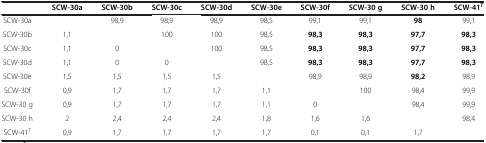
<table><thead><tr><td><b> </b></td><td><b>SCW-30a</b></td><td><b>SCW-30b</b></td><td><b>SCW-30c</b></td><td><b>SCW-30d</b></td><td><b>SCW-30e</b></td><td><b>SCW-30f</b></td><td><b>SCW-30 g</b></td><td><b>SCW-30 h</b></td><td><b>SCW-41<sup>T</sup></b></td></tr></thead><tbody><tr><td>SCW-30a</td><td> </td><td>98,9</td><td>98,9</td><td>98,9</td><td>98,5</td><td>99,1</td><td>99,1</td><td><b>98</b></td><td>99,1</td></tr><tr><td>SCW-30b</td><td>1,1</td><td> </td><td>100</td><td>100</td><td>98,5</td><td><b>98,3</b></td><td><b>98,3</b></td><td><b>97,7</b></td><td><b>98,3</b></td></tr><tr><td>SCW-30c</td><td>1,1</td><td>0</td><td> </td><td>100</td><td>98,5</td><td><b>98,3</b></td><td><b>98,3</b></td><td><b>97,7</b></td><td><b>98,3</b></td></tr><tr><td>SCW-30d</td><td>1,1</td><td>0</td><td>0</td><td> </td><td>98,5</td><td><b>98,3</b></td><td><b>98,3</b></td><td><b>97,7</b></td><td><b>98,3</b></td></tr><tr><td>SCW-30e</td><td>1,5</td><td>1,5</td><td>1,5</td><td>1,5</td><td> </td><td>98,9</td><td>98,9</td><td><b>98,2</b></td><td>98,9</td></tr><tr><td>SCW-30f</td><td>0,9</td><td>1,7</td><td>1,7</td><td>1,7</td><td>1,1</td><td> </td><td>100</td><td>98,4</td><td>99,9</td></tr><tr><td>SCW-30 g</td><td>0,9</td><td>1,7</td><td>1,7</td><td>1,7</td><td>1,1</td><td>0</td><td> </td><td>98,4</td><td>99,9</td></tr><tr><td>SCW-30 h</td><td>2</td><td>2,4</td><td>2,4</td><td>2,4</td><td>1,8</td><td>1,6</td><td>1,6</td><td> </td><td>98,4</td></tr><tr><td>SCW-41<sup>T</sup></td><td>0,9</td><td>1,7</td><td>1,7</td><td>1,7</td><td>1,7</td><td>0,1</td><td>0,1</td><td>1,7</td><td> </td></tr></tbody></table>